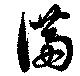
滿